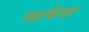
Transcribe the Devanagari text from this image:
जावेदा